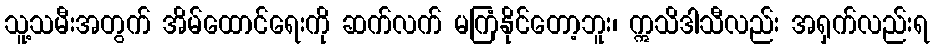
သူ့သမီးအတွက် အိမ်ထောင်ရေးကို ဆက်လက် မကြံနိုင်တော့ဘူး၊ ဣသိဒါသီလည်း အရှက်လည်းရ